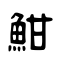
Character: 魽